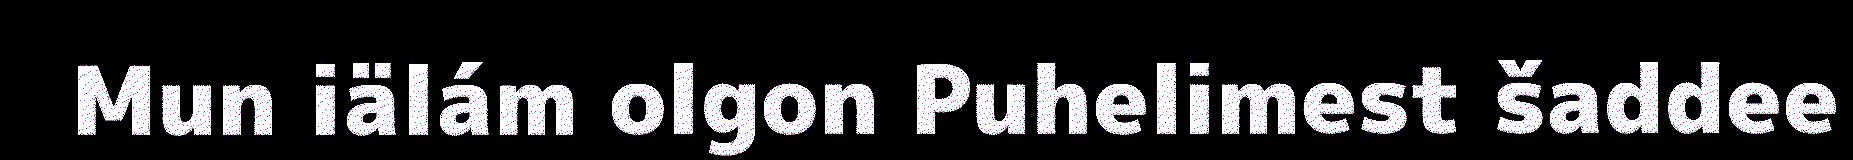
Mun iälám olgon Puhelimest šaddee